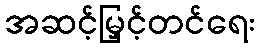
အဆင့်မြှင့်တင်ရေး